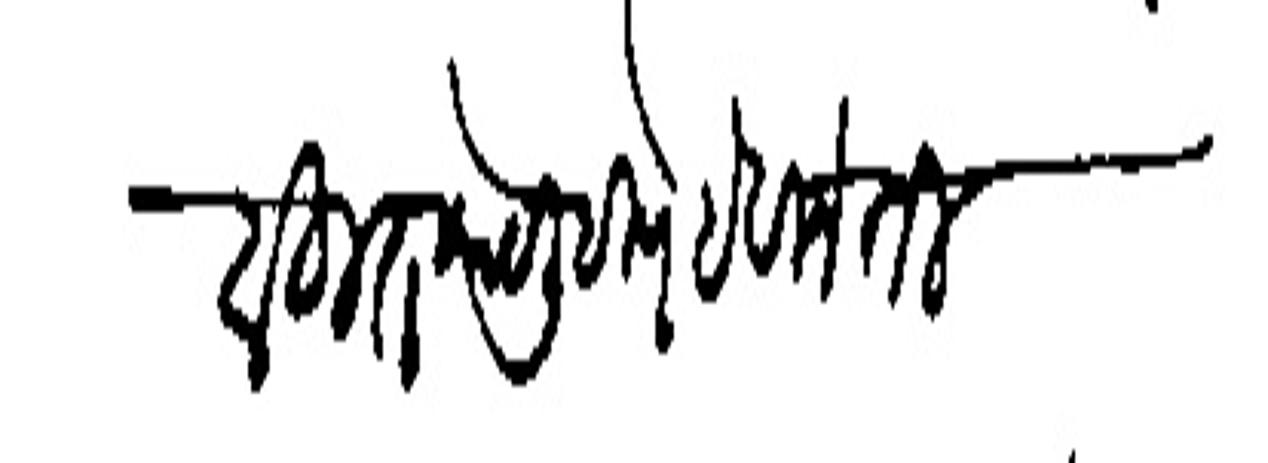
Transliteration (Devanagari): बहुत काये लिहिणे हे विनंती